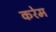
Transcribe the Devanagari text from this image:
करेम